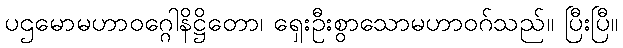
ပဌမောမဟာဝဂ္ဂေါနိဋ္ဌိတော၊ ရှေးဦးစွာသောမဟာဝဂ်သည်။ ပြီးပြီ။